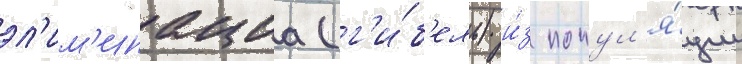
эл'им'инациа (г'и́б'ель) и́з попул'я́ции